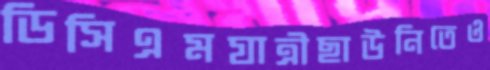
ডিসিএমযাত্রীছাউনিতেও